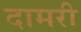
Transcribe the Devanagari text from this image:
दामरी